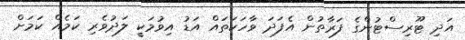
އަދި ޓޫރިސްޓުންގެ ފަރާތުން އެފަދަ ވާހަކަތައް އަޑު އިވުމަކީ ލަދުވެރި ކަމެއް ކަމަށް